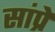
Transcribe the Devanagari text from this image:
सांप्रे